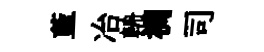
藍冶輈裯司